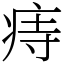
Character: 痔